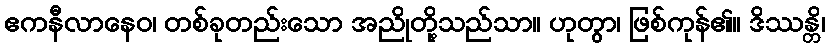
ဧကနီလာနေဝ၊ တစ်ခုတည်းသော အညိုတို့သည်သာ။ ဟုတွာ၊ ဖြစ်ကုန်၏။ ဒိဿန္တိ၊